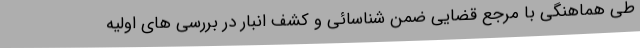
طی هماهنگی با مرجع قضایی ضمن شناسائی و کشف انبار در بررسی های اولیه